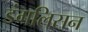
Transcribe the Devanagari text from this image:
डंगलिसन